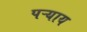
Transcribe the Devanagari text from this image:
पऱ्याय